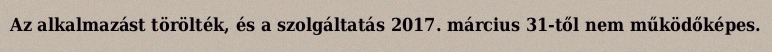
Az alkalmazást törölték, és a szolgáltatás 2017. március 31-től nem működőképes.